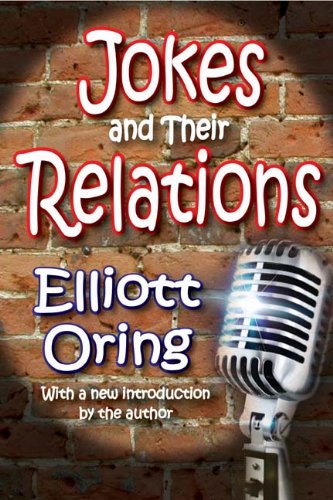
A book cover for Jokes and Their Relations; Elliott Oring; Humor & Entertainment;